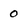
Character: 0